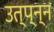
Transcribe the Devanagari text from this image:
उत्प्न्न